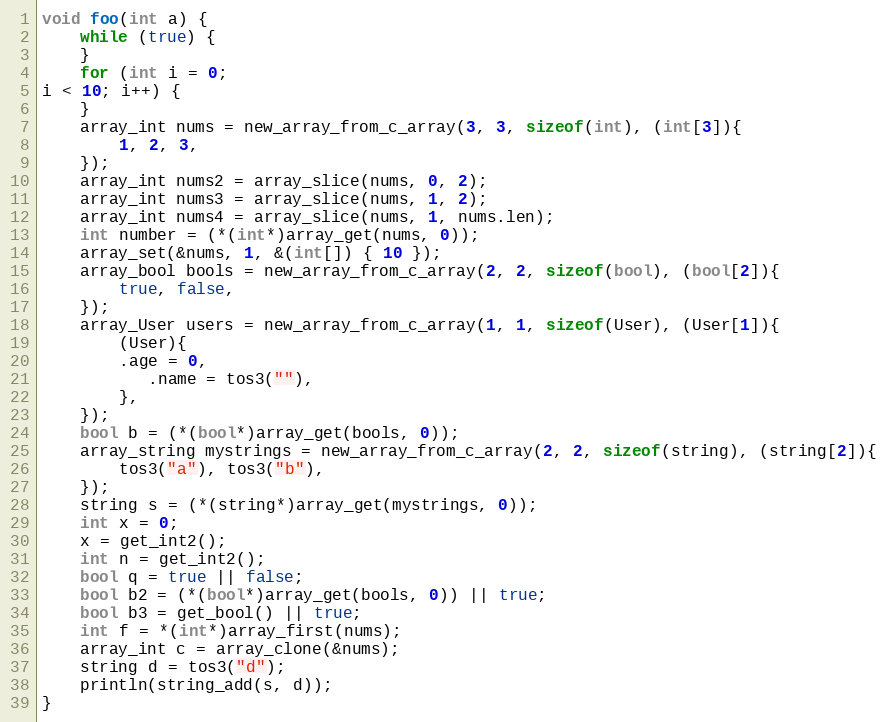
Language: C
void foo(int a) {
	while (true) {
	}
	for (int i = 0;
i < 10; i++) {
	}
	array_int nums = new_array_from_c_array(3, 3, sizeof(int), (int[3]){
		1, 2, 3,
	});
	array_int nums2 = array_slice(nums, 0, 2);
	array_int nums3 = array_slice(nums, 1, 2);
	array_int nums4 = array_slice(nums, 1, nums.len);
	int number = (*(int*)array_get(nums, 0));
	array_set(&nums, 1, &(int[]) { 10 });
	array_bool bools = new_array_from_c_array(2, 2, sizeof(bool), (bool[2]){
		true, false,
	});
	array_User users = new_array_from_c_array(1, 1, sizeof(User), (User[1]){
		(User){
		.age = 0,
		   .name = tos3(""),
		},
	});
	bool b = (*(bool*)array_get(bools, 0));
	array_string mystrings = new_array_from_c_array(2, 2, sizeof(string), (string[2]){
		tos3("a"), tos3("b"),
	});
	string s = (*(string*)array_get(mystrings, 0));
	int x = 0;
	x = get_int2();
	int n = get_int2();
	bool q = true || false;
	bool b2 = (*(bool*)array_get(bools, 0)) || true;
	bool b3 = get_bool() || true;
	int f = *(int*)array_first(nums);
	array_int c = array_clone(&nums);
	string d = tos3("d");
	println(string_add(s, d));
}